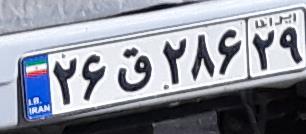
۲۶ق۲۸۶۲۹